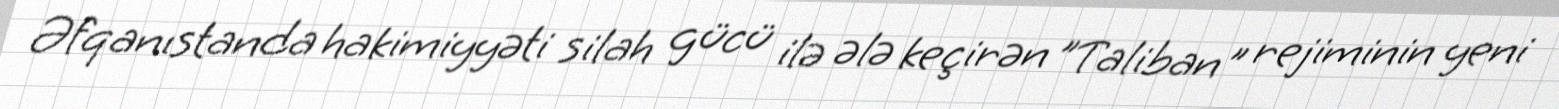
Əfqanıstanda hakimiyyəti silah gücü ilə ələ keçirən "Taliban" rejiminin yeni